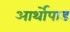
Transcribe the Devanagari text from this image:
आर्थोपाड